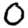
Digit: 0